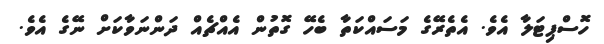
ހޮސްޕިޓަލާ އެވެ. އެތެރޭގެ މަސައްކަތާ ބެހޭ ގޮތުން އެއްޗެއް ދަންނަވާކަށް ނޭގެ އެވެ.